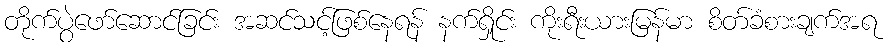
တိုက်ပွဲဖော်ဆောင်ခြင်း အဆင်သင့်ဖြစ်နေရန် နက်ရှိုင်း ကိုးရီးယားမြန်မာ စိတ်ခံစားချက်အရ